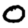
Digit: 0